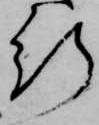
行